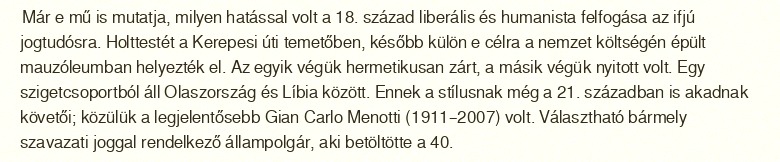
Már e mű is mutatja, milyen hatással volt a 18. század liberális és humanista felfogása az ifjú jogtudósra. Holttestét a Kerepesi úti temetőben, később külön e célra a nemzet költségén épült mauzóleumban helyezték el. Az egyik végük hermetikusan zárt, a másik végük nyitott volt. Egy szigetcsoportból áll Olaszország és Líbia között. Ennek a stílusnak még a 21. században is akadnak követői; közülük a legjelentősebb Gian Carlo Menotti (1911–2007) volt. Választható bármely szavazati joggal rendelkező állampolgár, aki betöltötte a 40.